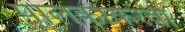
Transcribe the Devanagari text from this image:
पालकांकरवी